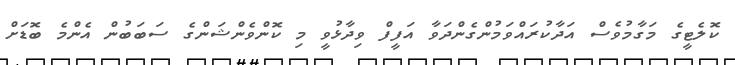
ކޮލެޓީގެ މަގާމުވެސް އަދާކުރައްވަމުންގެންދަވާ އަފީފް ވިދާޅުވީ މި ކޮންވެންޝަންގެ ސަބަބުން އެންމެ ބޮޑަށް